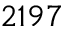
2 1 9 7